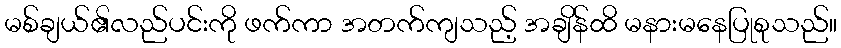
မစ်ချယ်၏လည်ပင်းကို ဖက်ကာ အတက်ကျသည့် အချိန်ထိ မနားမနေပြုစုသည်။